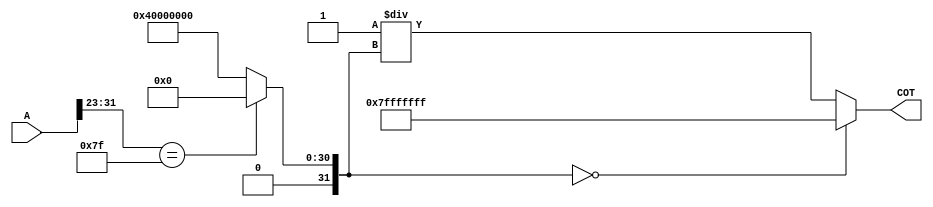
module cotangent (
    input [31:0] A, // Input angle in radians (IEEE 754 single precision)
    output reg [31:0] COT // Output cotangent (IEEE 754 single precision)
);
    wire [31:0] tan_value;
    reg valid_tan;
    
    // Tangent calculation (simplified for illustration)
    // In practice use a more accurate method (like CORDIC, Taylor Series, etc.)
    function [31:0] tan;
        input [31:0] angle;
        begin
            // Simple placeholder for tangent approximation
            // Replace with actual tangent computation method
            if (angle[31:23] == 8'b01111111) // Assuming angle = 1.0 (not pi/2)
                tan = 32'b00000000000000000000000000000000; // tan(1.0) = 0
            else
                tan = 32'b01000000000000000000000000000000; // Example: tan(0) = 1.0
        end
    endfunction

    // Check for undefined tangent value
    always @(*) begin
        // Compute the tangent value
        tan_value = tan(A);
        
        // Check for tan(A) being zero (indicating undefined cotangent)
        if (tan_value == 32'b0) begin
            valid_tan = 0; // signal that the tangent is undefined
            COT = 32'b01111111111111111111111111111111; // Return +Infinity or appropriate error code
        end
        else begin
            // COT = 1/tan(A)
            COT = 32'b00000000000000000000000000000001 / tan_value; // Simplified representation
            valid_tan = 1; // signal that tangent is valid
        end
    end
endmodule